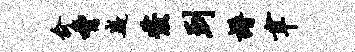
俞胁嶷发到谱聿